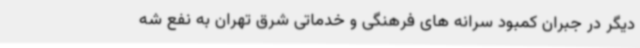
دیگر در جبران کمبود سرانه های فرهنگی و خدماتی شرق تهران به نفع شه